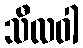
သီလဝါ